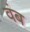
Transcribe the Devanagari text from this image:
वंब